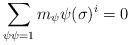
LaTeX: \begin{align*}\sum_{\psi \psi=1}m_\psi \psi(\sigma)^i =0\end{align*}